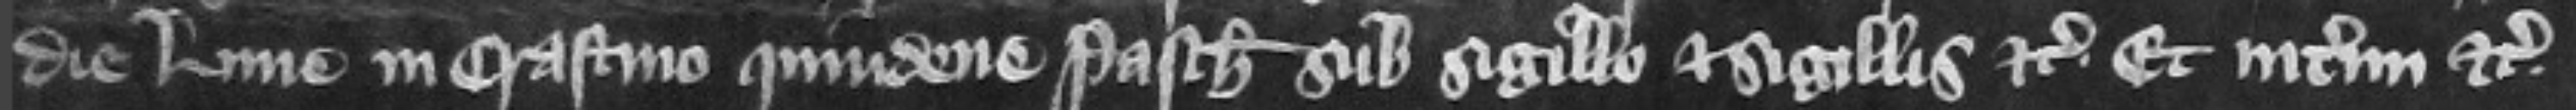
die Lune in crastino quindene Pasche sub sigillo et sigillis etc. et interim etc.